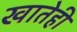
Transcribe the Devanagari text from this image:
खातेही